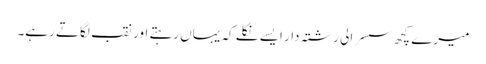
میرے کچھ سسرالی رشتہ دار ایسے نکلے کہ یہاں رہتے اور نقب لگاتے رہے۔